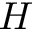
H